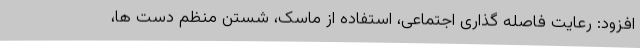
افزود: رعایت فاصله گذاری اجتماعی، استفاده از ماسک، شستن منظم دست ها،